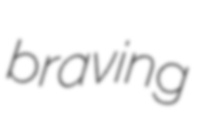
braving